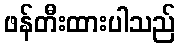
ဖန်တီးထားပါသည်